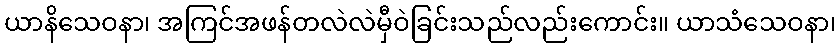
ယာနိသေဝနာ၊ အကြင်အဖန်တလဲလဲမှီဝဲခြင်းသည်လည်းကောင်း။ ယာသံသေဝနာ၊